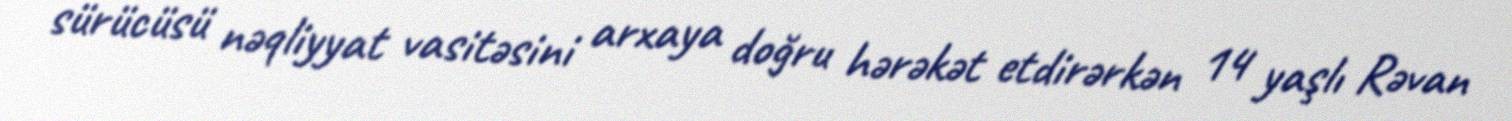
sürücüsü nəqliyyat vasitəsini arxaya doğru hərəkət etdirərkən 14 yaşlı Rəvan